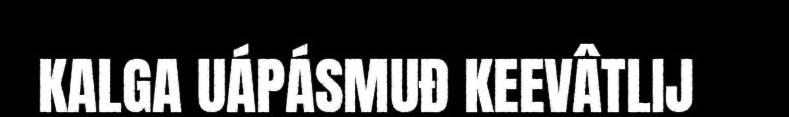
KALGA UÁPÁSMUĐ KEEVÂTLIJ